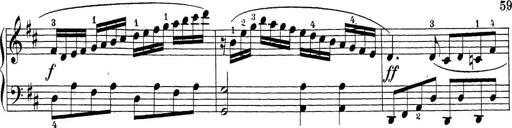
Title: Sonatina Album
Composer: Louis KÃ¶hler